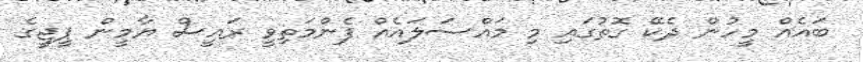
ބައެއް މީހުން ދެކޭ ގޮތުގައި މި މައްސަލައެއް ފެންމަތިވީ ރައީސް ޔާމީން ޕީޖީގެ